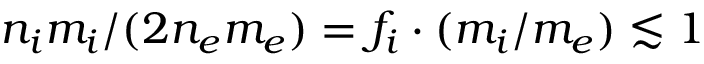
n _ { i } m _ { i } / ( 2 n _ { e } m _ { e } ) = f _ { i } \cdot ( m _ { i } / m _ { e } ) \lesssim 1